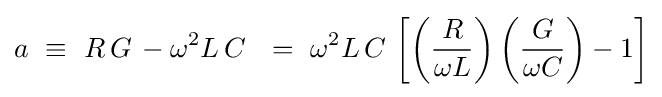
a~\equiv ~R\,G\,-\omega ^{2}L\,C\ ~=~\omega ^{2}L\,C\,\left[\left({\frac {R}{\omega L}}\right)\left({\frac {G}{\omega C}}\right)-1\right]